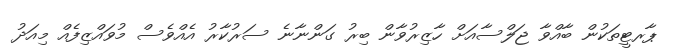
ޕާރޓީތަކުން ބާއްވާ ޖަލްސާއަށް ހާޒިރުވާން ބިރު ގަންނާނެ ސަރުކާރު އެއްވެސް މުވައްޒިފެއް މިއަދު